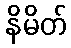
နိမိတ်